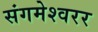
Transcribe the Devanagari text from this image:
संगमेश्वरर